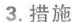
3.措施